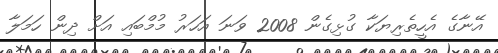
އޭނާގެ އެހީތެރިޔަކާ ގުޅިގެން 2008 ވަނަ އަހަރު މުމްބައި އަށް ދިން ހަމަލާ